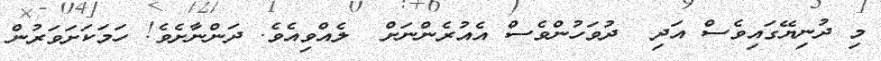
މި ދުނިޔޭގައިވެސް އަދި  ދުވަހުންވެސް އެއުރެންނަށް  ލެއްވިއެވެ. ދަންނާށެވެ! ހަމަކަށަވަރުން